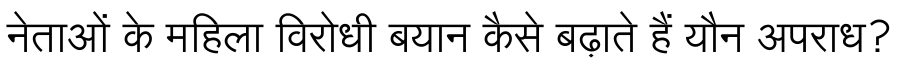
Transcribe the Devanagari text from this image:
नेताओं के महिला विरोधी बयान कैसे बढ़ाते हैं यौन अपराध?